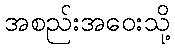
အစည်းအဝေးသို့